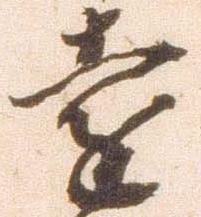
遠